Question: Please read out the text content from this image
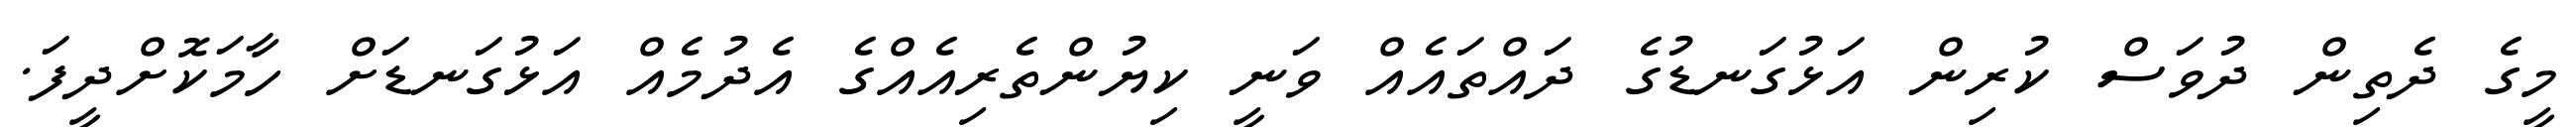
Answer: މީގެ ދެތިން ދުވަސް ކުރިން އަޅުގަނޑުގެ ދައްތައެއް ވަނީ ކިޔުންތެރިއެއްގެ އެދުމެއް އަޅުގަނޑަށް ހާމަކޮށްދީފަ.